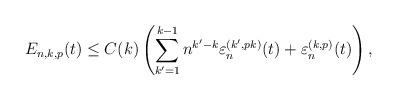
LaTeX: \begin{align*}E_{n,k,p}(t) \leq C(k) \left( \sum_{k'=1}^{k-1} n^{k'-k} \varepsilon^{(k',pk)}_{n}(t) + \varepsilon^{(k,p)}_{n}(t) \right),\end{align*}